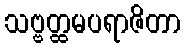
သဗ္ဗတ္ထမပရာဇိတာ